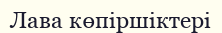
Лава көпіршіктері